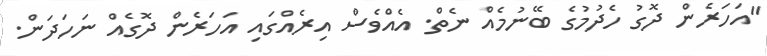
"އަހަރެން ދޮގު ހެދުމުުގެ ބޭނުމެއް ނެތް. އެއްވެސް އިރެެއްގައި އަހަރެން ދޮގެއް ނަހަދަން.